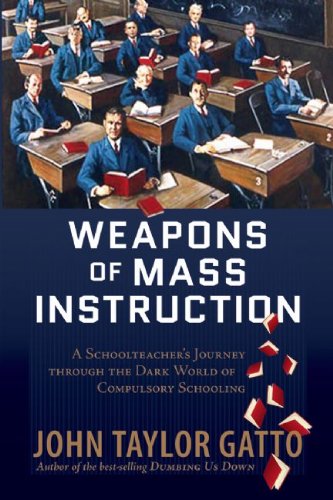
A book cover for Weapons of Mass Instruction: A Schoolteacher's Journey Through the Dark World of Compulsory Schooling; John Taylor Gatto; Parenting & Relationships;